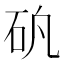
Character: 𥐲